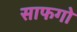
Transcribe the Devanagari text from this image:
साफगो